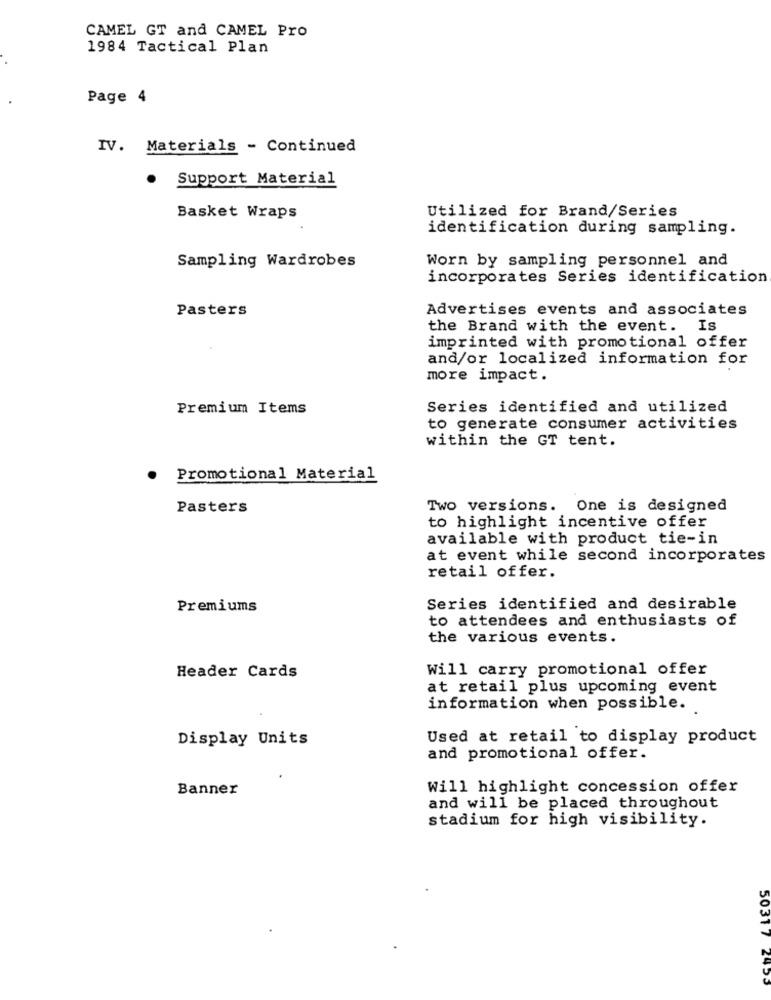
CAMEL GT and CAMEL Pro
1984 Tactical Plan
Page 4
IV. Materials - Continued
.
Support Material
Basket Wraps
Utilized for Brand/Series
identification during sampling.
Sampling Wardrobes
Worn by sampling personnel and
incorporates Series identification
Pasters
Advertises events and associates
the Brand with the event. Is
imprinted with promotional offer
and/or localized information for
more impact.
Premium Items
Series identified and utilized
to generate consumer activities
within the GT tent.
.
Promotional Material
Pasters
Two versions. One is designed
to highlight incentive offer
available with product tie-in
at event while second incorporates
retail offer.
Premiums
Series identified and desirable
to attendees and enthusiasts of
the various events.
Will carry promotional offer
Header Cards
at retail plus upcoming event
information when possible.
Display Units
Used at retail to display product
and promotional offer.
Banner
Will highlight concession offer
and will be placed throughout
stadium for high visibility.
5031 7 2455